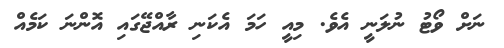
ނަށް ވޯޓު ނުލަނީ އެވެ. މިއީ ހަމަ އެކަނި ރާއްޖޭގައި އޮންނަ ކަމެއް